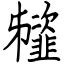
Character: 䪢